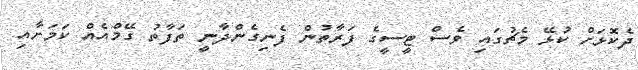
ދެކޮޅަށް ކުޅޭ މެޗުގައި ވެސް ޓީސީގެ ފަރާތުން ފެނިގެންދާނީ ތަފާތު ގޭމްއެއް ކަމަށާއި